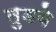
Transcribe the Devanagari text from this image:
तुडये